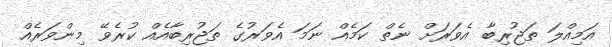
އަމިއްލަ ތަޖުރިބާ އެވަރަށް ނެތް ކަމެއް ނަަމަ އެވަރުގެ ތަޖުރިބާއެއް ކުރެވޭ މިންވަރެއް